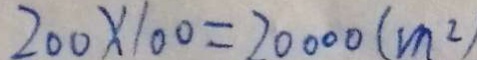
2 0 0 \times 1 0 0 = 2 0 0 0 0 ( m ^ { 2 } )